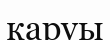
каруы